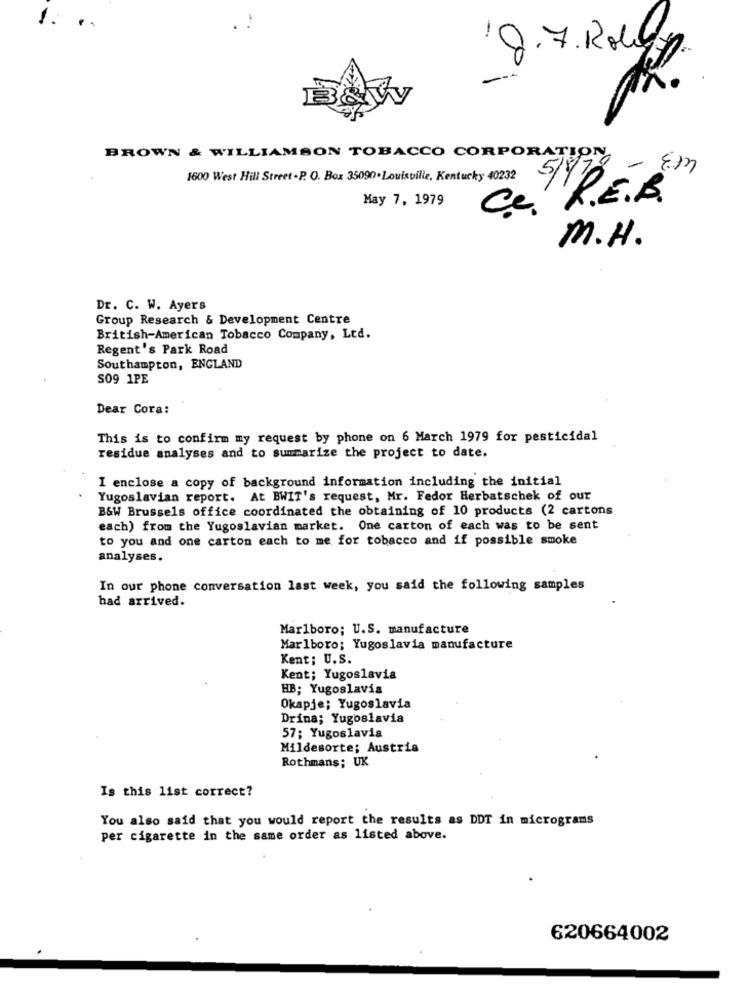
1.
9.7. Rohyp.
BROWN & WILLIAMSON TOBACCO CORPORATION EM
1600 West Hill Street . P. O. Box 35090. Louisville, Kentucky 40232
May 7, 1979
R.E.B.
M.H.
Dr. C. W. Ayers
Group Research & Development Centre
British-American Tobacco Company, Ltd.
Regent's Park Road
Southampton, ENGLAND
S09 1PE
Dear Cora:
This is to confirm my request by phone on 6 March 1979 for pesticidal
residue analyses and to summarize the project to date.
I enclose a copy of background information including the initial
Yugoslavian report. At BWIT's request, Mr. Fedor Herbatschek of our
B&W Brussels office coordinated the obtaining of 10 products (2 cartons
each) from the Yugoslavian market. One carton of each was to be sent
to you and one carton each to me for tobacco and if possible smoke
analyses.
In our phone conversation last week, you said the following samples
had arrived.
Marlboro; U.S. manufacture
Marlboro; Yugoslavia manufacture
Kent; U.S.
Kent; Yugoslavia
HB; Yugoslavia
Okapje; Yugoslavia
Drina; Yugoslavia
57; Yugoslavia
Mildesorte; Austria
Rothmans; UK
Is this list correct?
You also said that you would report the results as DDT in micrograms
per cigarette in the same order as listed above.
620664002